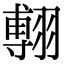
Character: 𦑵